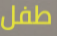
طفل